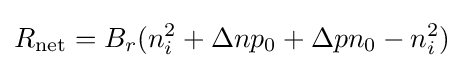
R_{\text{net}}=B_{r}(n_{i}^{2}+\Delta np_{0}+\Delta pn_{0}-n_{i}^{2})